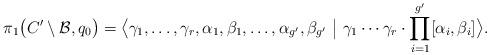
LaTeX: \begin{align*}\pi_1\big(C' \setminus \mathcal B, q_0\big)= \big\langle \gamma_1, \ldots, \gamma_r, \alpha_1,\beta_1,\ldots, \alpha_{g'},\beta_{g'} ~ \big\vert ~\gamma_1 \cdots \gamma_r \cdot \prod_{i=1}^{g'} [\alpha_i,\beta_i] \big\rangle.\end{align*}